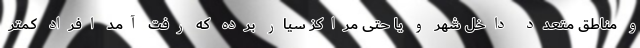
و مناطق متعدد داخل شهر و یا حتی مراکز سیار برده که رفت آمد افراد کمتر